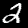
Label: 2